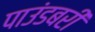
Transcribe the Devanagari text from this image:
पाउंडबरी